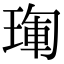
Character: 𤦳